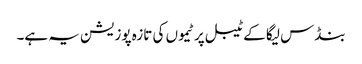
بنڈس لیگا کے ٹیبل پر ٹیموں کی تازہ پوزیشن یہ ہے۔